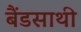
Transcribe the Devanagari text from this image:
बैंडसाथी